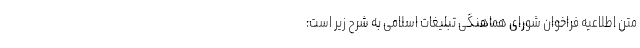
متن اطلاعیه فراخوان شورای هماهنگی تبلیغات اسلامی به شرح زیر است: